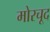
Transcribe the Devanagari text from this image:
मोरचूद